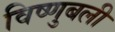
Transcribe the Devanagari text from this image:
विष्णुबली